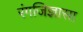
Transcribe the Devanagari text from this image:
रंगजिज्ञासा